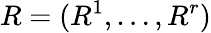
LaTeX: R=(R^{1},\ldots,R^{r})